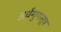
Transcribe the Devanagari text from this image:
अर्धगुणसूत्र